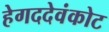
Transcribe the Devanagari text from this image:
हेगददेवंकोट